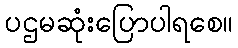
ပဌမဆုံးပြောပါရစေ။